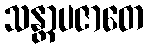
သန္တာပဇာတေ